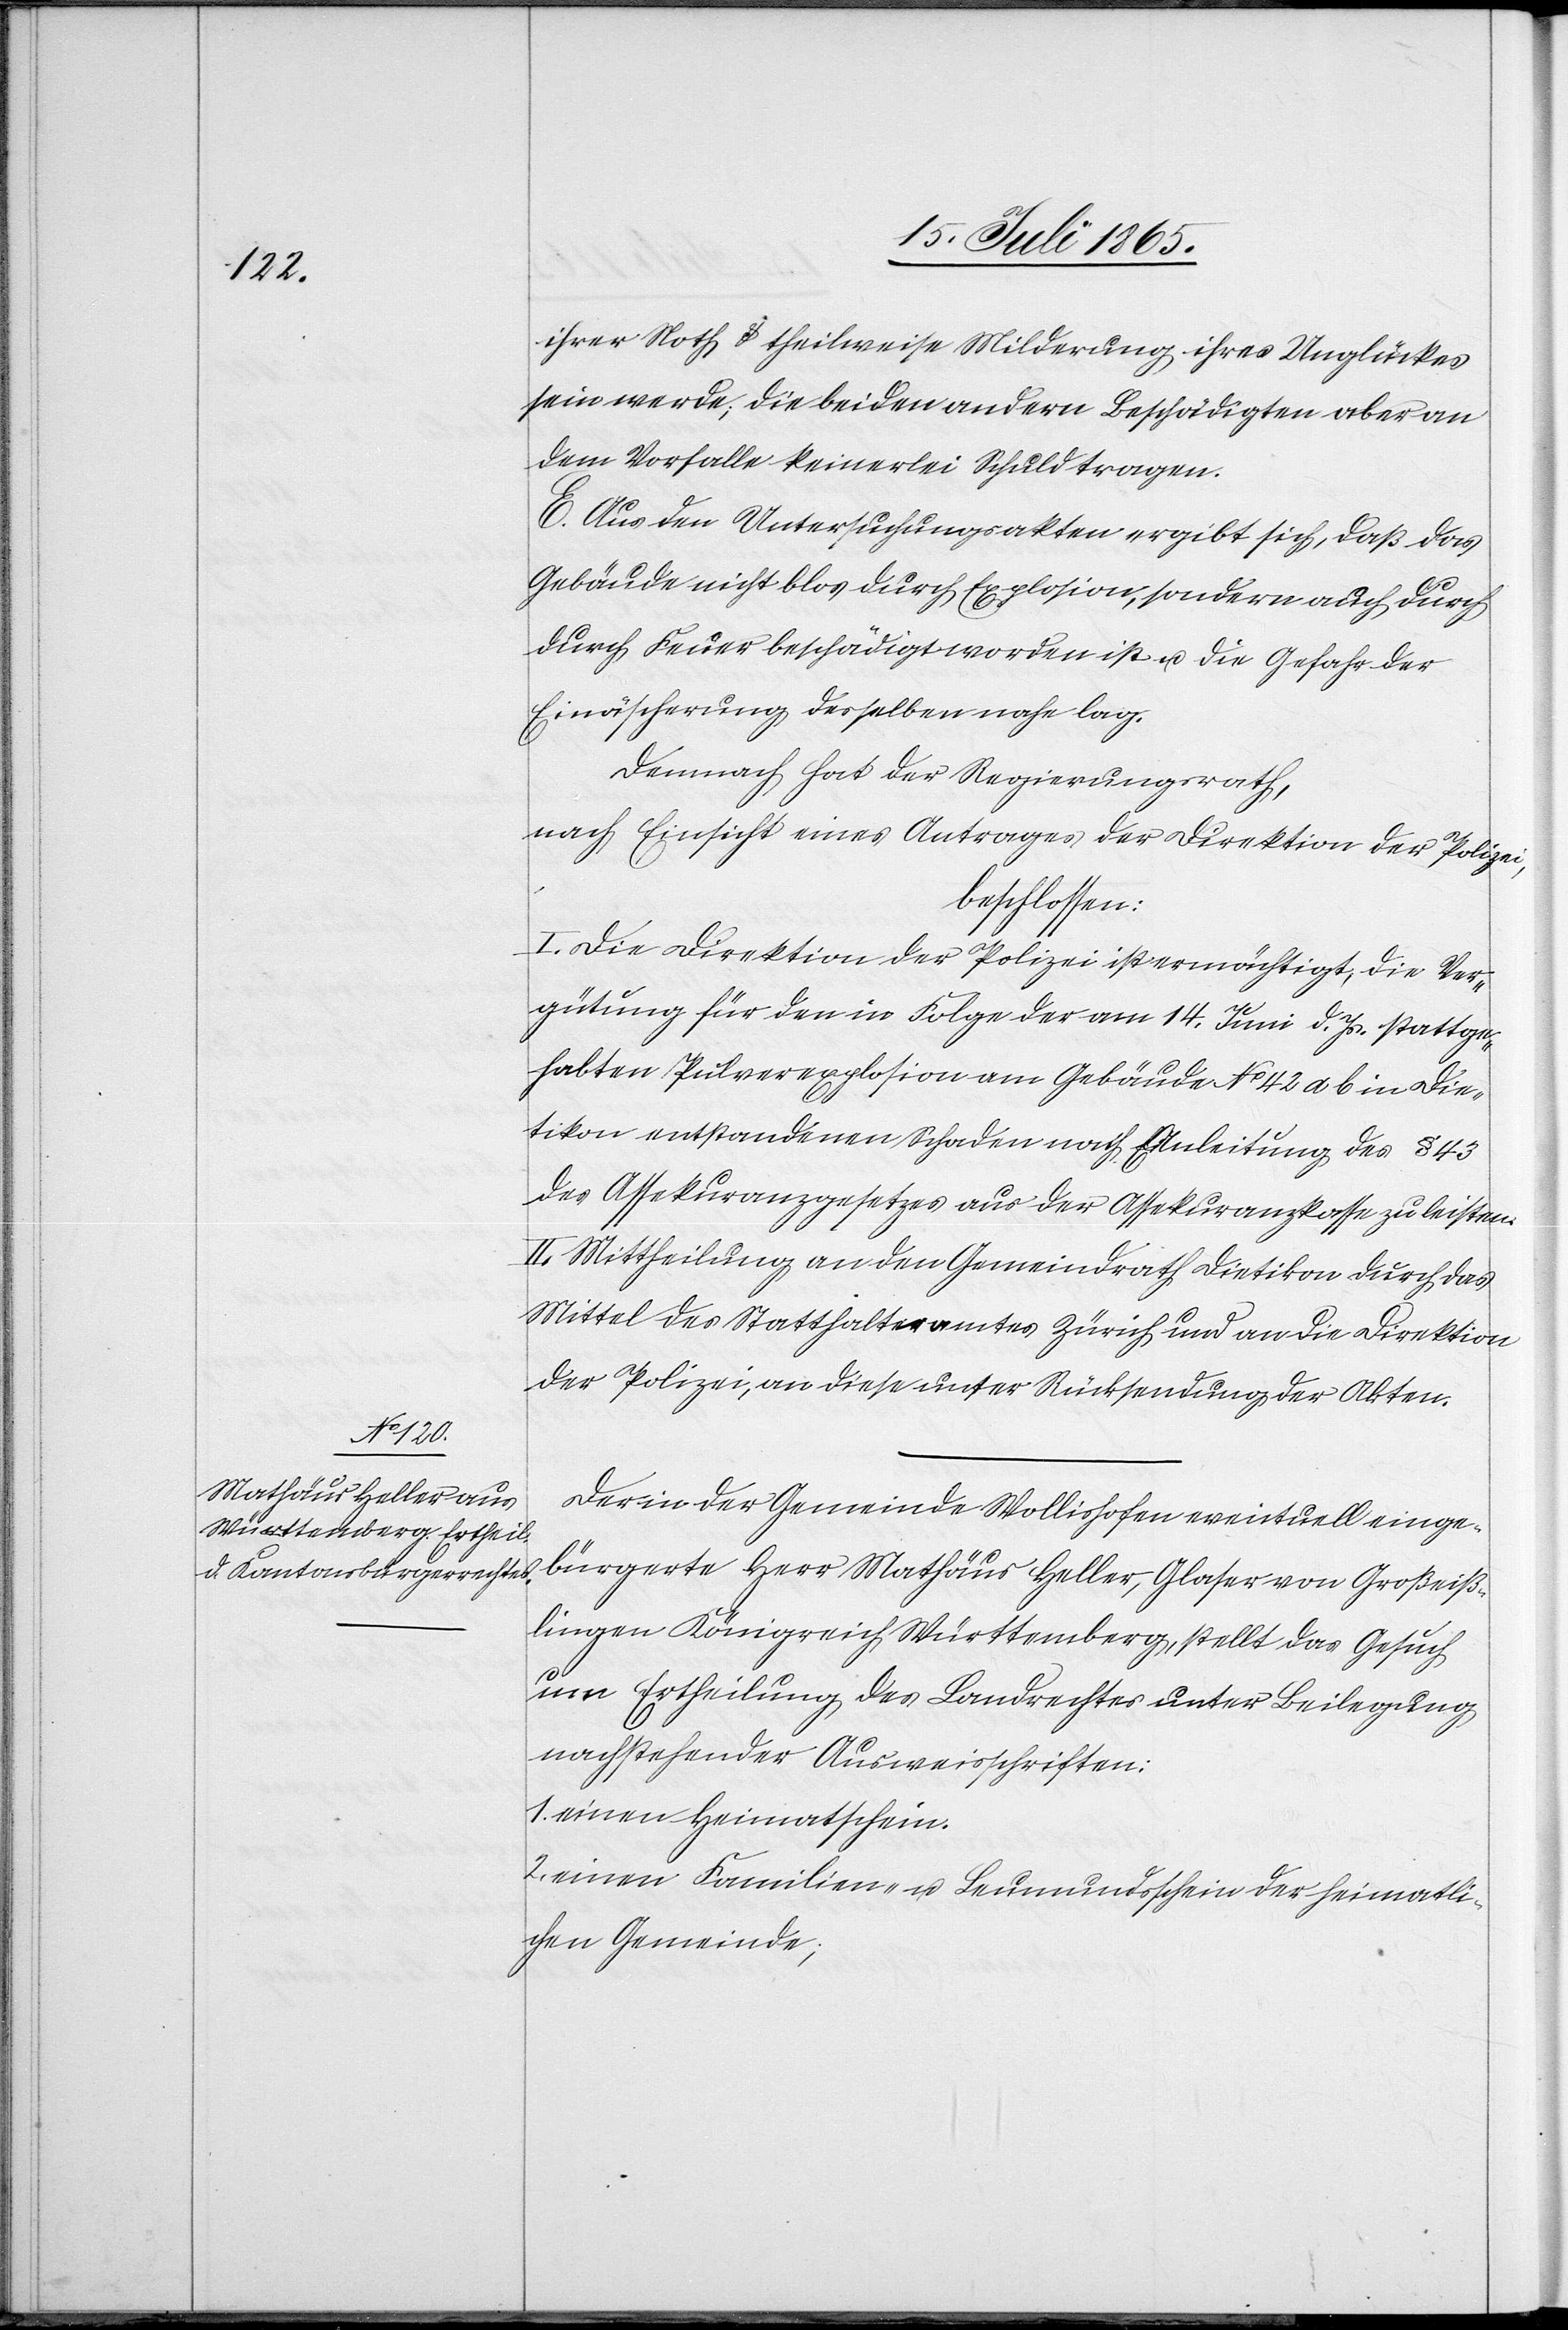
ihrer Noth u. theilweise Milderung ihres Unglückes
sein werde; die beiden andern Beschädigten aber an
dem Vorfalle keinerlei Schuld tragen.
E. Aus den Untersuchungsakten ergibt sich, daß das
Gebäude nicht blos durch Explosion, sondern auch durch
durch [sic!] Feuer beschädigt worden ist u. die Gefahr der
Einäscherung desselben nahe lag.
Demnach hat der Regierungsrath,
nach Einsicht eines Antrages der Direktion der Polizei,
beschlossen:
I. Die Direktion der Polizei ist ermächtigt, die Ver¬
gütung für den in Folge der am 14. Juni d. Js. stattge¬
habten Pulverexplosion am Gebäude No 42 a b in Die¬
tikon entstandenen Schaden nach Anleitung des § 43
des Assekuranzgesetzes aus der Assekuranzkasse zu leisten.
II. Mittheilung an den Gemeindrath Dietikon durch das
Mittel des Statthalteramtes Zürich und an die Direktion
der Polizei, an diese unter Rücksendung der Akten.
Der in der Gemeinde Wollishofen eventuell einge¬
bürgerte Herr Mathäus Heller, Glaser von Großeiß¬
lingen Königreich Württemberg, stellt das Gesuch
um Ertheilung des Landrechtes unter Beilegung
nachstehender Ausweisschriften:
1. einen Heimatschein
2. einen Familien- u. Leumundsschein der heimatli¬
chen Gemeinde;